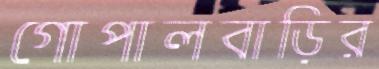
গোপালবাড়ির